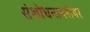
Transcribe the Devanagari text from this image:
संशोधनाबरोबर